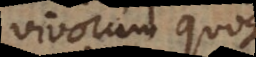
vivorum quoque